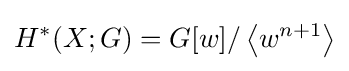
H^{*}(X;G)=G[w]/\left\langle w^{n+1}\right\rangle